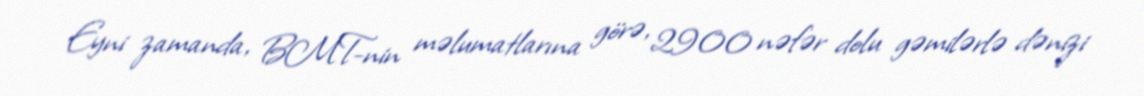
Eyni zamanda, BMT-nin məlumatlarına görə, 2900 nəfər dolu gəmilərlə dənizi